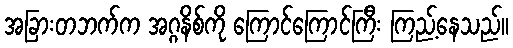
အခြားတဘက်က အဂ္ဂနိစ်ကို ကြောင်ကြောင်ကြီး ကြည့်နေသည်။